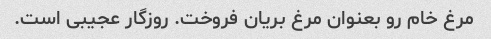
مرغ خام رو بعنوان مرغ بریان فروخت. روزگار عجیبی است.